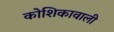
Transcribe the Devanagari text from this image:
कोशिकावाली